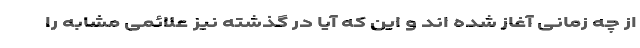
از چه زمانی آغاز شده اند و این که آیا در گذشته نیز علائمی مشابه را